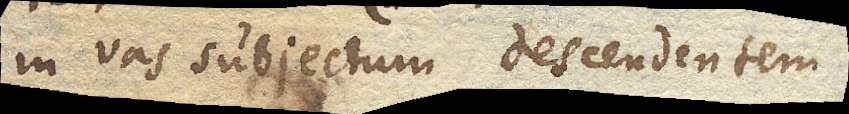
in vas subjectum descendentem